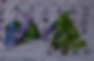
বর্